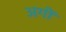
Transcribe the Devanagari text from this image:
अगीं